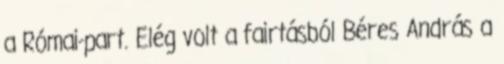
a Római-part. Elég volt a fairtásból Béres András a